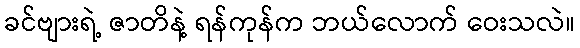
ခင်ဗျားရဲ့ ဇာတိနဲ့ ရန်ကုန်က ဘယ်လောက် ဝေးသလဲ။